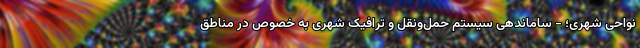
نواحی شهری؛ - ساماندهی سیستم حمل‌ونقل و ترافیک شهری به خصوص در مناطق